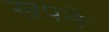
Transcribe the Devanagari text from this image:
खपले